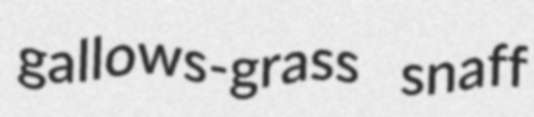
gallows-grass snaff